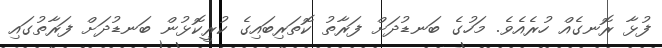
ފުޅާ ރޮނގެއް ހުރެއެވެ. މަހުގެ ބަނޑުދަށް ފަރާތު ކޮތަރިބައިގެ ކުރީކޮޅުން ބަނޑުދަށް ފަރާތުގައި